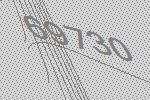
69730